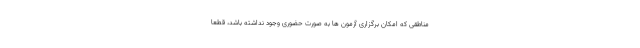
مناطقی که امکان برگزاری آزمون ها به صورت حضوری وجود نداشته باشد، قطعا